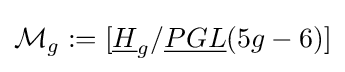
{\mathcal {M}}_{g}:=[{\underline {H}}_{g}/{\underline {PGL}}(5g-6)]